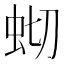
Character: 𫊧